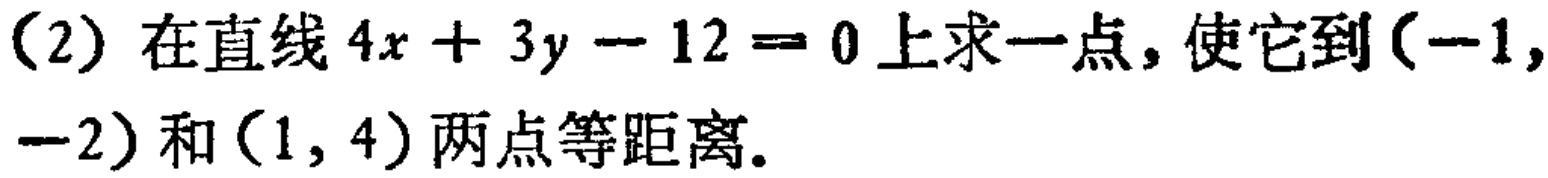
(2) 在直线 \(4x + 3y - 12 = 0\) 上求一点，使它到\((-1, -2)\)和\((1, 4)\)两点等距离。